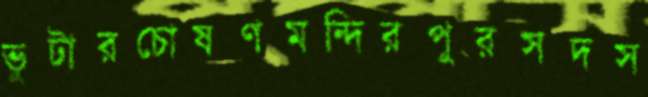
ভুটারচোষণমন্দিরপুরসদস